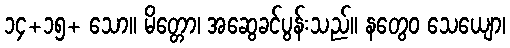
၁၄+၁၅+ သော။ မိတ္တော၊ အဆွေခင်ပွန်းသည်။ နတွေဝ သေယျော၊